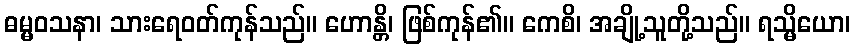
ဓမ္မဝသနာ၊ သားရေဝတ်ကုန်သည်။ ဟောန္တိ၊ ဖြစ်ကုန်၏။ ကေစိ၊ အချို့သူတို့သည်။ ရသ္မိယော၊